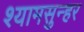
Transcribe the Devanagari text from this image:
श्यामसुन्हर